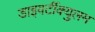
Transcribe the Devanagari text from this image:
डाइवर्टीक्युलम